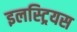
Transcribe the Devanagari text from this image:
इलस्ट्रियस